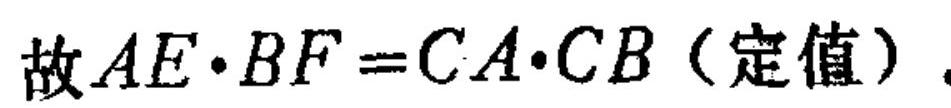
故\(AE\cdot BF = CA\cdot CB\)（定值）。